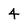
Character: 4